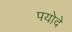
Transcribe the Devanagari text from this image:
पयोदे